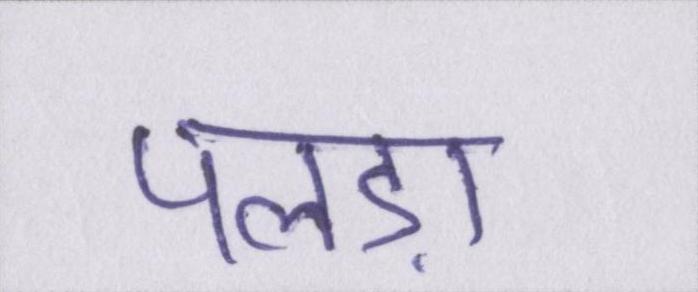
पलड़ा